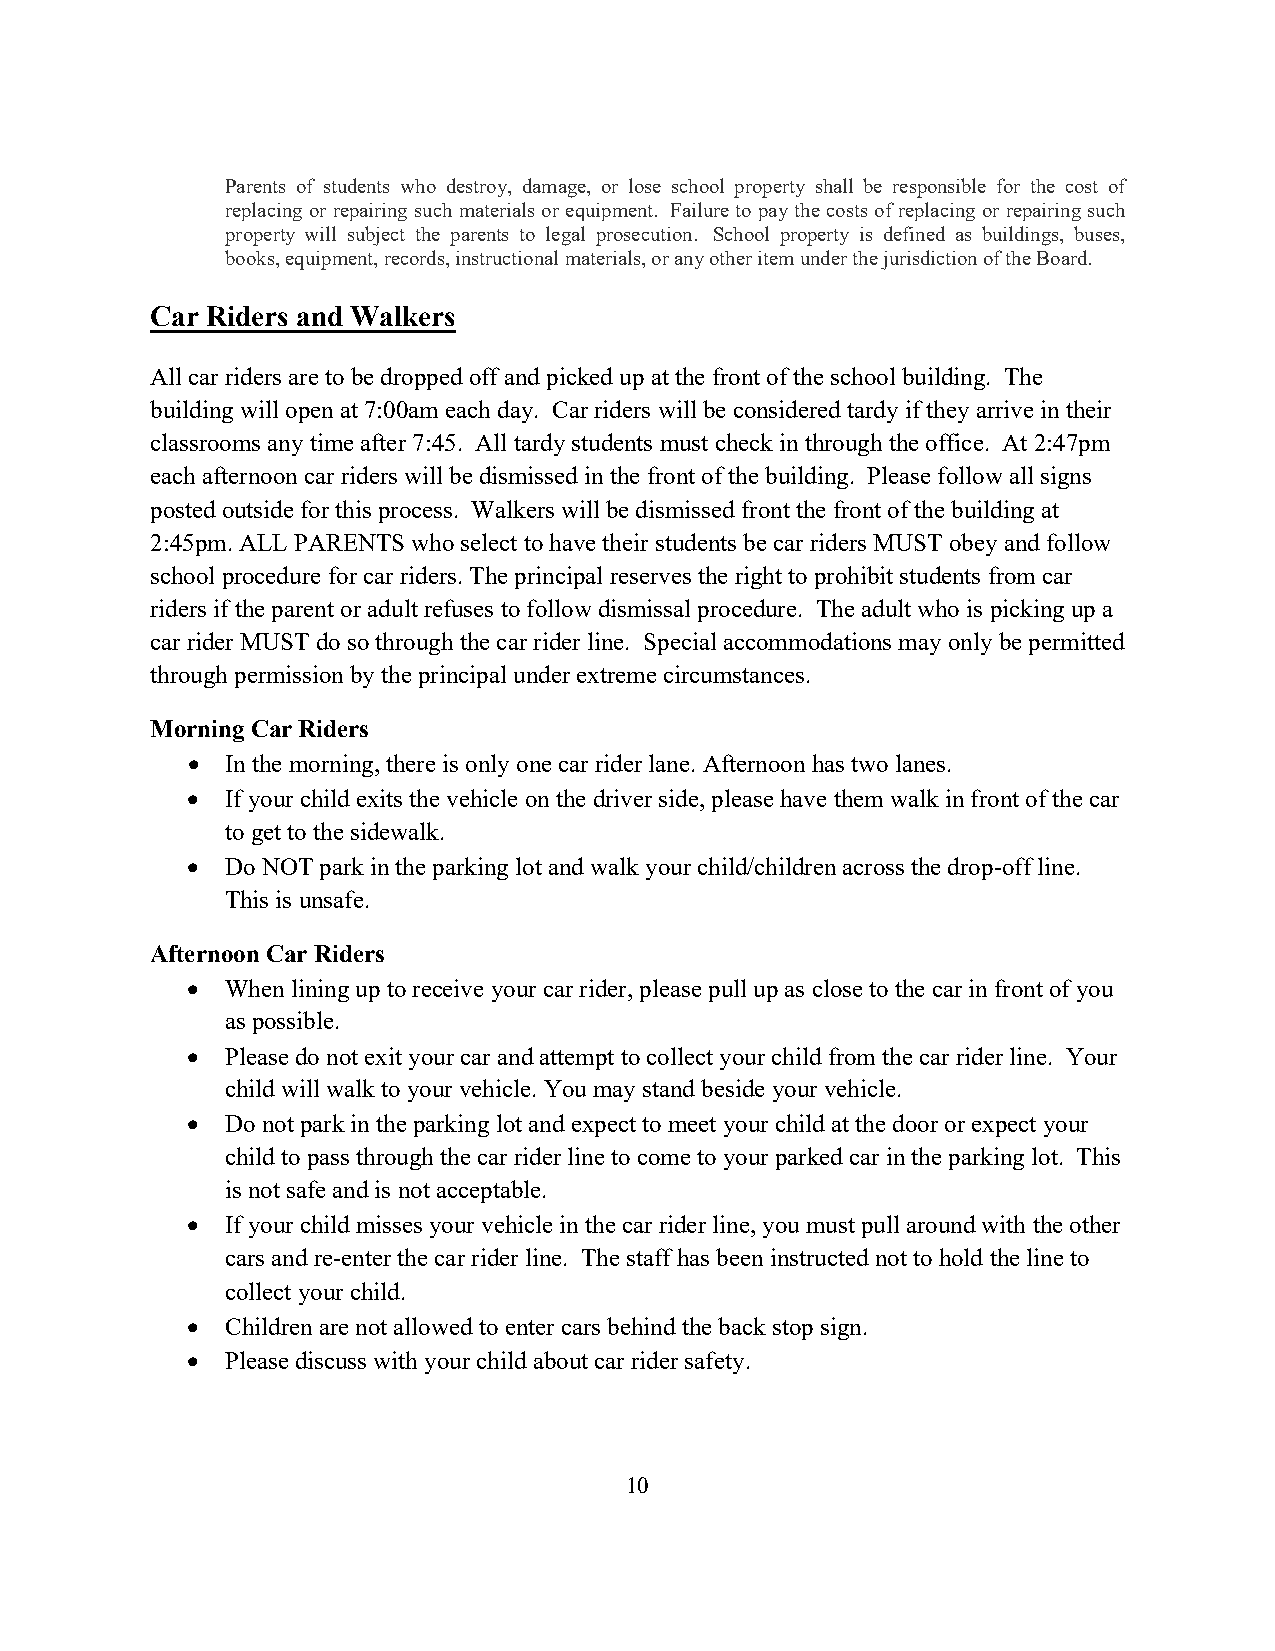
Parents of students who destroy, damage, or lose school property shall be responsible for the cost of
 replacing or repairing such materials or equipment. Failure to pay the costs of replacing or repairing such
 property will subject the parents to legal prosecution. School property is defined as buildings, buses,
 books, equipment, records, instructional materials, or any other item under the jurisdiction of the Board.
 Car Riders and Walkers
 All car riders are to be dropped off and picked up at the front of the school building. The
 building will open at 7:00am each day. Car riders will be considered tardy if they arrive in their
 classrooms any time after 7:45. All tardy students must check in through the office. At 2:47pm
 each afternoon car riders will be dismissed in the front of the building. Please follow all signs
 posted outside for this process. Walkers will be dismissed front the front of the building at
 2:45pm. ALL PARENTS who select to have their students be car riders MUST obey and follow
 school procedure for car riders. The principal reserves the right to prohibit students from car
 riders if the parent or adult refuses to follow dismissal procedure. The adult who is picking up a
 car rider MUST do so through the car rider line. Special accommodations may only be permitted
 through permission by the principal under extreme circumstances.
 Morning Car Riders
 •  In the morning, there is only one car rider lane. Afternoon has two lanes.
 •  If your child exits the vehicle on the driver side, please have them walk in front of the car
 to get to the sidewalk.
 •  Do NOT park in the parking lot and walk your child/children across the drop-off line.
 This is unsafe.
 Afternoon Car Riders
 •  When lining up to receive your car rider, please pull up as close to the car in front of you
 as possible.
 •  Please do not exit your car and attempt to collect your child from the car rider line. Your
 child will walk to your vehicle. You may stand beside your vehicle.
 •  Do not park in the parking lot and expect to meet your child at the door or expect your
 child to pass through the car rider line to come to your parked car in the parking lot. This
 is not safe and is not acceptable.
 •  If your child misses your vehicle in the car rider line, you must pull around with the other
 cars and re-enter the car rider line. The staff has been instructed not to hold the line to
 collect your child.
 •  Children are not allowed to enter cars behind the back stop sign.
 •  Please discuss with your child about car rider safety.
 10